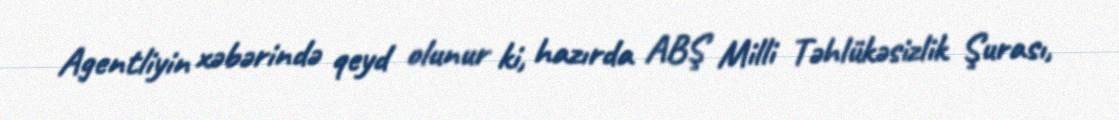
Agentliyin xəbərində qeyd olunur ki, hazırda ABŞ Milli Təhlükəsizlik Şurası,